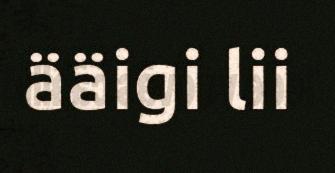
ääigi lii